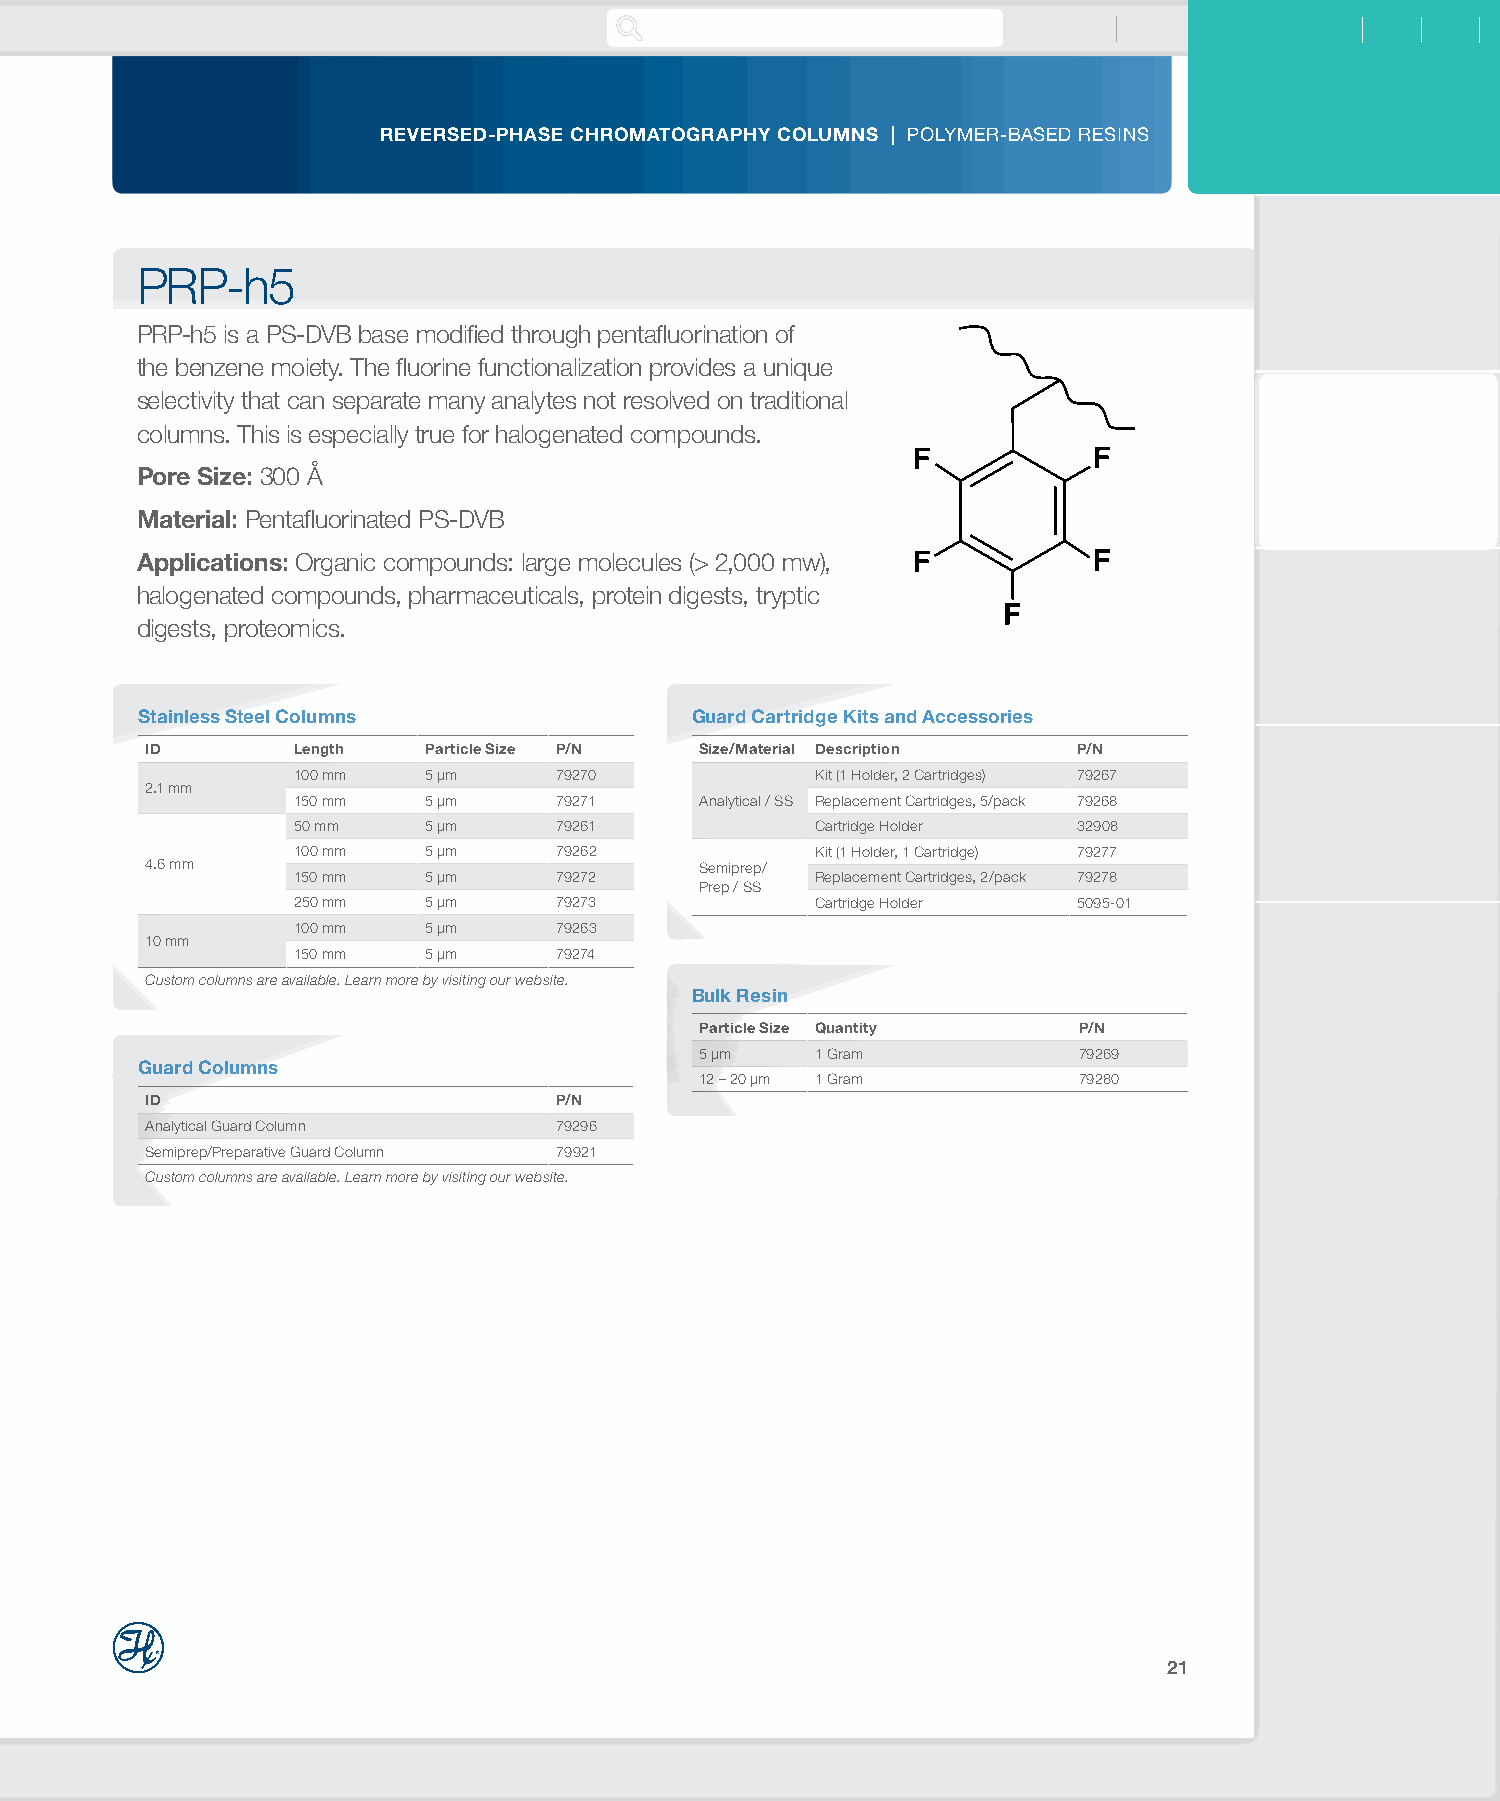
REVERSED-PHASE CHROMATOGRAPHY COLUMNS | POLYMER-BASED RESINS
 PRP-h5
 PRP-h5 is a PS-DVB base modified through pentafluorination of
 the benzene moiety. The fluorine functionalization provides a unique
 selectivity that can separate many analytes not resolved on traditional
 columns. This is especially true for halogenated compounds.
 Pore Size: 300 Å
 Material: Pentafluorinated PS-DVB
 Applications: Organic compounds: large molecules (> 2,000 mw),
 halogenated compounds, pharmaceuticals, protein digests, tryptic
 digests, proteomics.
 Stainless Steel Columns              Guard Cartridge Kits and Accessories
 ID       Length   Particle Size P/N Size/Material Description P/N
 100 mm   5 µm     79270            Kit (1 Holder, 2 Cartridges) 79267
 2.1 mm
 150 mm   5 µm     79271    Analytical / SS Replacement Cartridges, 5/pack 79268
 50 mm    5 µm     79261            Cartridge Holder 32908
 100 mm   5 µm     79262            Kit (1 Holder, 1 Cartridge) 79277
 4.6 mm                              Semiprep/
 150 mm   5 µm     79272            Replacement Cartridges, 2/pack 79278
 Prep / SS
 250 mm   5 µm     79273            Cartridge Holder 5095-01
 100 mm   5 µm     79263
 10 mm
 150 mm   5 µm     79274
 Custom columns are available. Learn more by visiting our website.
 Bulk Resin
 Particle Size Quantity   P/N
 5 µm    1 Gram           79269
 Guard Columns
 12 – 20 µm 1 Gram        79280
 ID                         P/N
 Analytical Guard Column    79296
 Semiprep/Preparative Guard Column 79921
 Custom columns are available. Learn more by visiting our website.
 21